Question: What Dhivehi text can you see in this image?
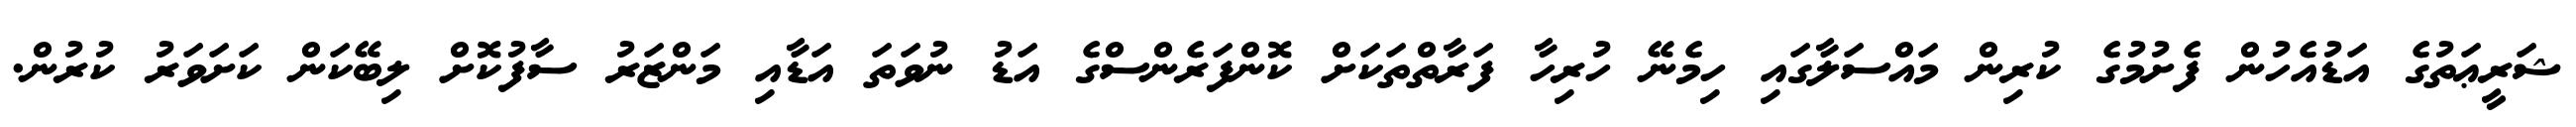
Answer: ޝަރީޢަތުގެ އަޑުއެހުން ފެށުމުގެ ކުރިން މައްސަލާގައި ހިމެނޭ ހުރިހާ ފަރާތްތަކަށް ކޮންފަރެންސްގެ އަޑު ނުވަތަ އަޑާއި މަންޒަރު ސާފުކޮށް ލިބޭކަން ކަށަވަރު ކުރުން.